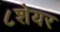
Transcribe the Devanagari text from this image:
८शेयर